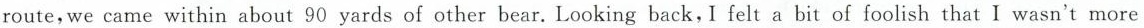
route，we came within about 90 yards of other bear. Looking back，I felt a bit of foolish that I wasn't more